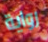
رواية